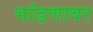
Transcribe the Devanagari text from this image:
भांडणावर